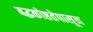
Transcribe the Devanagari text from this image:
बद्धकोष्ठतेपासून